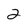
Character: 2